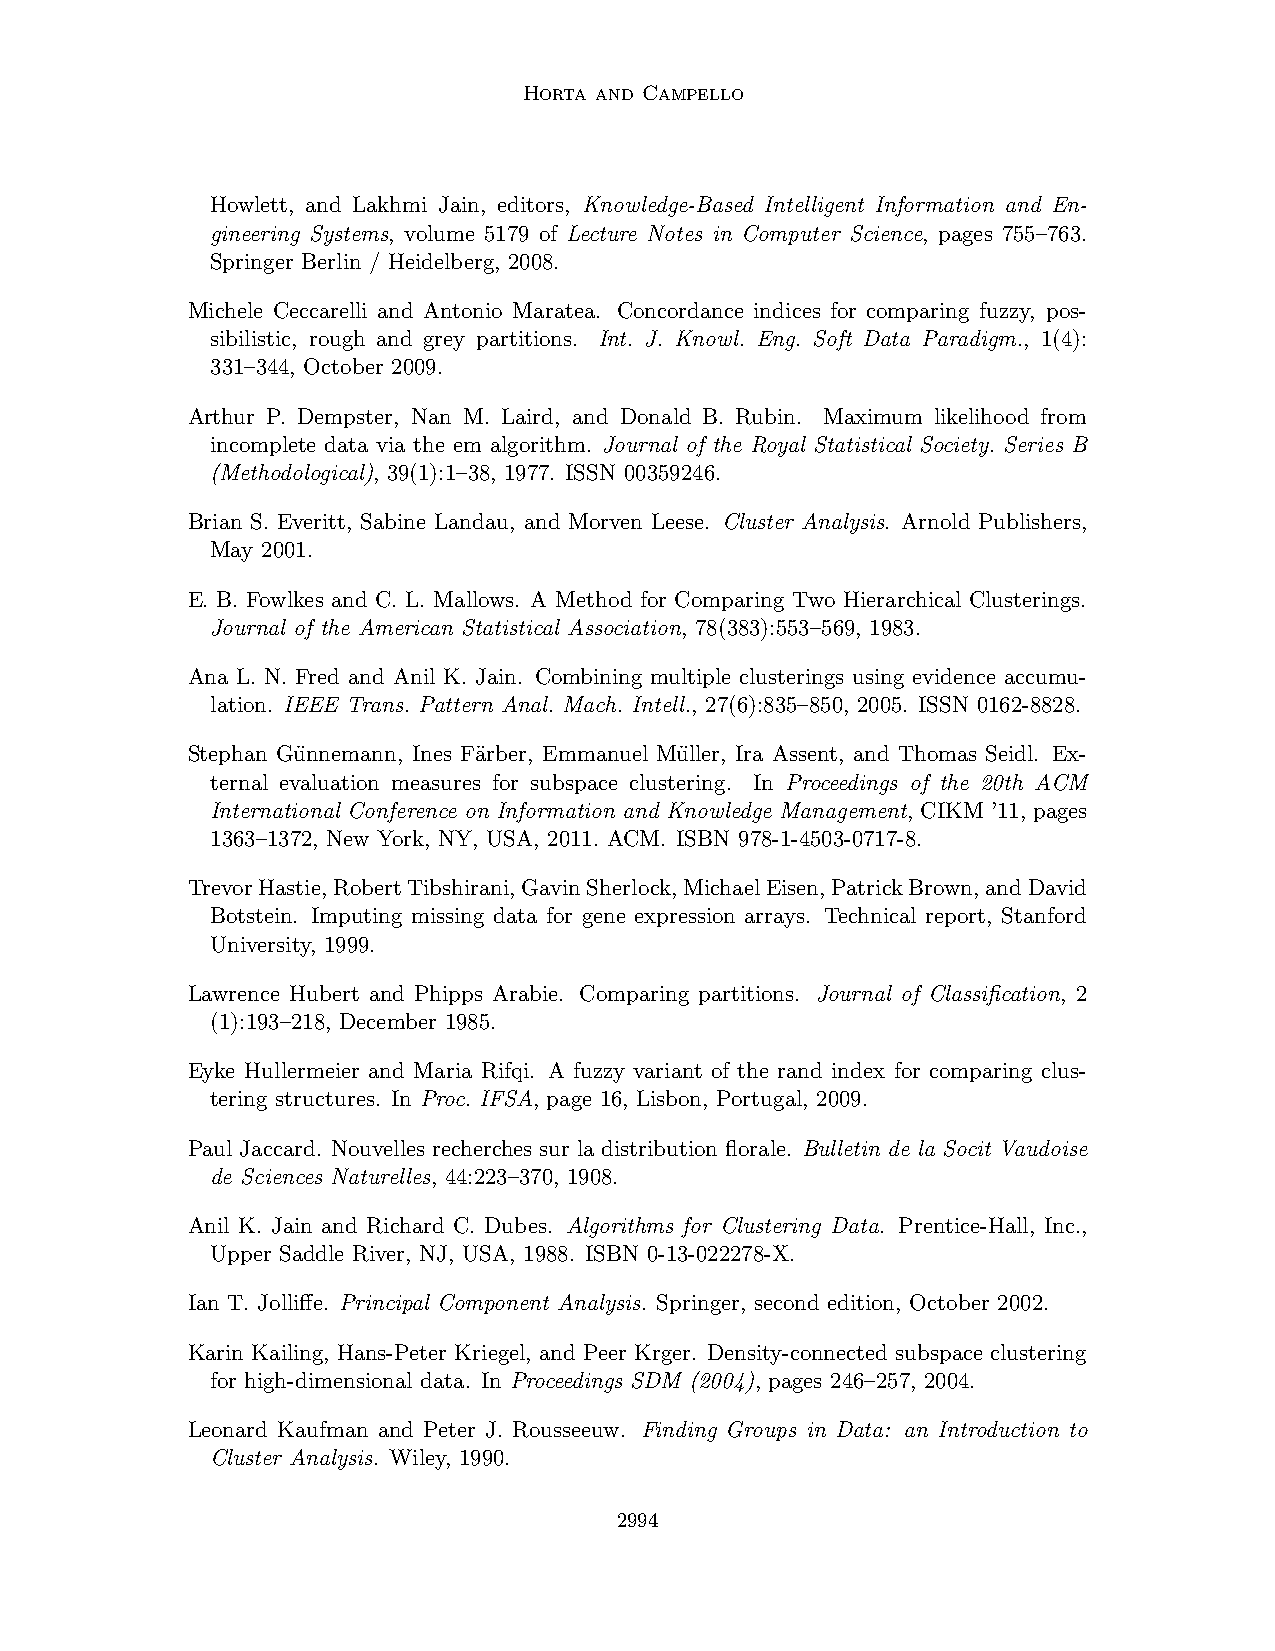
Horta and Campello
 Howlett, and Lakhmi Jain, editors, Knowledge-Based Intelligent Information and En-
 gineering Systems, volume 5179 of Lecture Notes in Computer Science, pages 755–763.
 Springer Berlin / Heidelberg, 2008.
 Michele Ceccarelli and Antonio Maratea. Concordance indices for comparing fuzzy, pos-
 sibilistic, rough and grey partitions. Int. J. Knowl. Eng. Soft Data Paradigm., 1(4):
 331–344, October 2009.
 Arthur P. Dempster, Nan M. Laird, and Donald B. Rubin. Maximum likelihood from
 incomplete data via the em algorithm. Journal of the Royal Statistical Society. Series B
 (Methodological), 39(1):1–38, 1977. ISSN 00359246.
 Brian S. Everitt, Sabine Landau, and Morven Leese. Cluster Analysis. Arnold Publishers,
 May 2001.
 E. B. Fowlkes and C. L. Mallows. A Method for Comparing Two Hierarchical Clusterings.
 Journal of the American Statistical Association, 78(383):553–569, 1983.
 Ana L. N. Fred and Anil K. Jain. Combining multiple clusterings using evidence accumu-
 lation. IEEE Trans. Pattern Anal. Mach. Intell., 27(6):835–850, 2005. ISSN 0162-8828.
 Stephan Gu¨nnemann, Ines F¨arber, Emmanuel Mu¨ller, Ira Assent, and Thomas Seidl. Ex-
 ternal evaluation measures for subspace clustering. In Proceedings of the 20th ACM
 International Conference on Information and Knowledge Management, CIKM ’11, pages
 1363–1372, New York, NY, USA, 2011. ACM. ISBN 978-1-4503-0717-8.
 TrevorHastie,RobertTibshirani,GavinSherlock,MichaelEisen,PatrickBrown,andDavid
 Botstein. Imputing missing data for gene expression arrays. Technical report, Stanford
 University, 1999.
 Lawrence Hubert and Phipps Arabie. Comparing partitions. Journal of Classification, 2
 (1):193–218, December 1985.
 Eyke Hullermeier and Maria Rifqi. A fuzzy variant of the rand index for comparing clus-
 tering structures. In Proc. IFSA, page 16, Lisbon, Portugal, 2009.
 Paul Jaccard. Nouvelles recherches sur la distribution florale. Bulletin de la Socit Vaudoise
 de Sciences Naturelles, 44:223–370, 1908.
 Anil K. Jain and Richard C. Dubes. Algorithms for Clustering Data. Prentice-Hall, Inc.,
 Upper Saddle River, NJ, USA, 1988. ISBN 0-13-022278-X.
 Ian T. Jolliffe. Principal Component Analysis. Springer, second edition, October 2002.
 Karin Kailing, Hans-Peter Kriegel, and Peer Krger. Density-connected subspace clustering
 for high-dimensional data. In Proceedings SDM (2004), pages 246–257, 2004.
 Leonard Kaufman and Peter J. Rousseeuw. Finding Groups in Data: an Introduction to
 Cluster Analysis. Wiley, 1990.
 2994